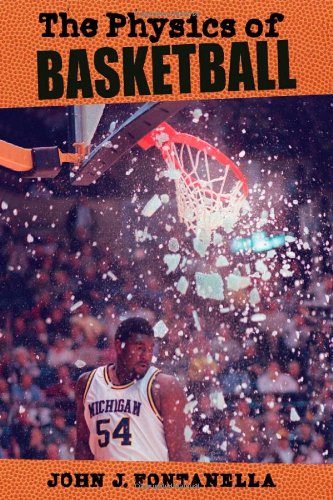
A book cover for The Physics of Basketball; John J. Fontanella; Science & Math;